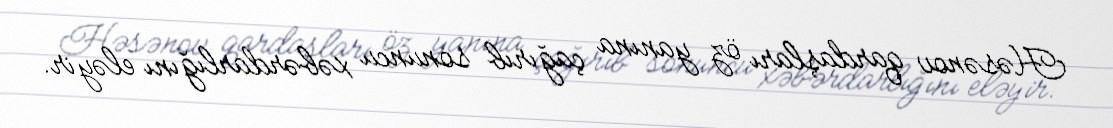
Həsənov qardaşları öz yanına çağırıb sonuncu xəbərdarlığını eləyir.